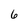
Character: 6